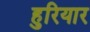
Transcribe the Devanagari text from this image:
हुरियार